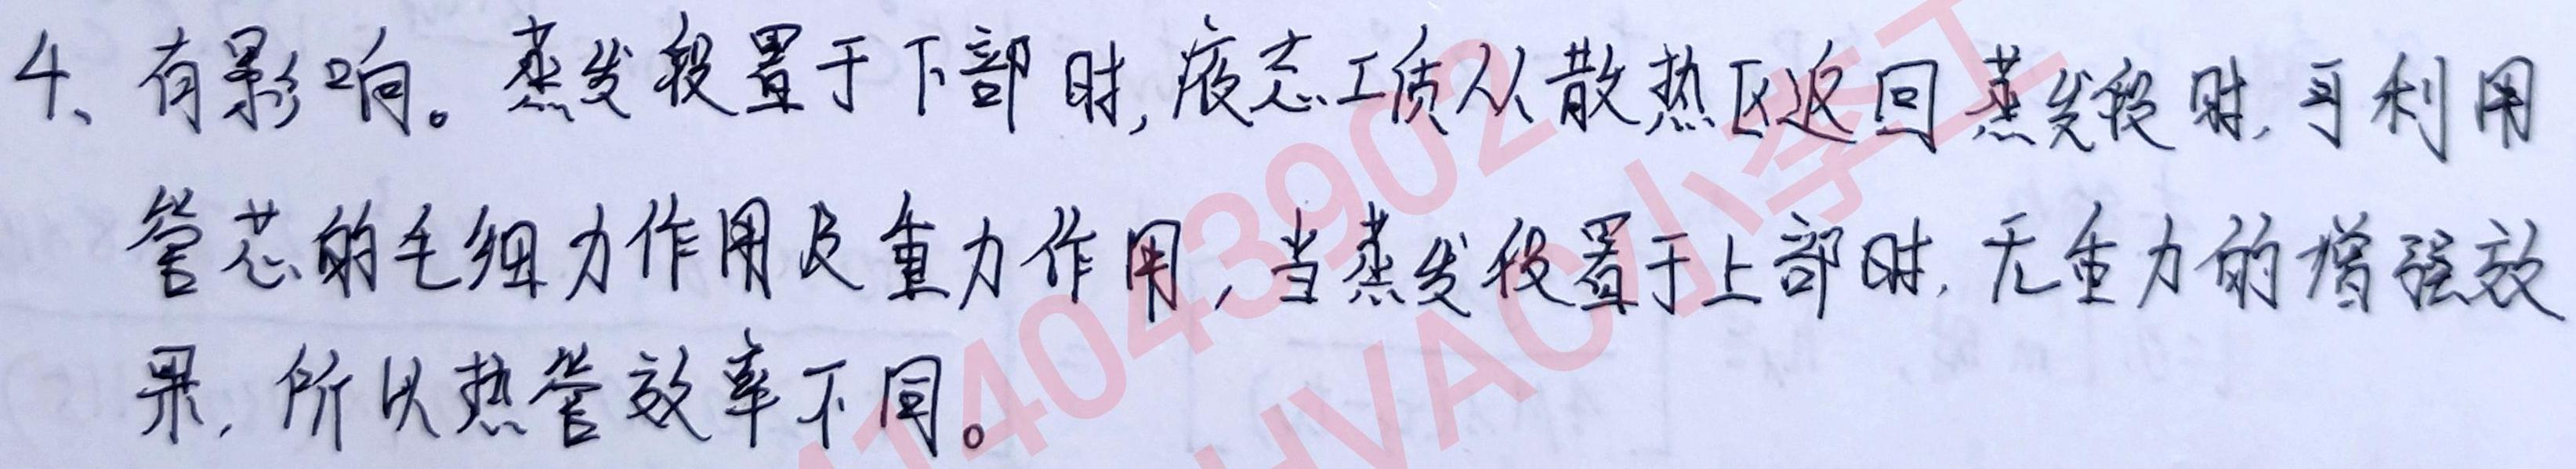
4. 有影响。蒸发段置于下部时，液态工质从散热区返回蒸发段时，可利用管芯的毛细力作用及重力作用；当蒸发段置于上部时，无重力的增强效果，所以热管效率不同。